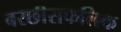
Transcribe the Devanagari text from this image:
बरछीसफलिक